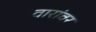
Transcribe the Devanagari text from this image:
वारांवर